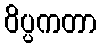
ဝိပ္ပကတာ